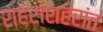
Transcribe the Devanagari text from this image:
शहरांशहरांत